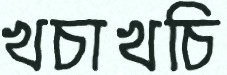
খচাখচি